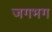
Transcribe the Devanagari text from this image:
जगभग